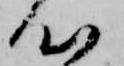
心